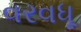
વરવધૂ